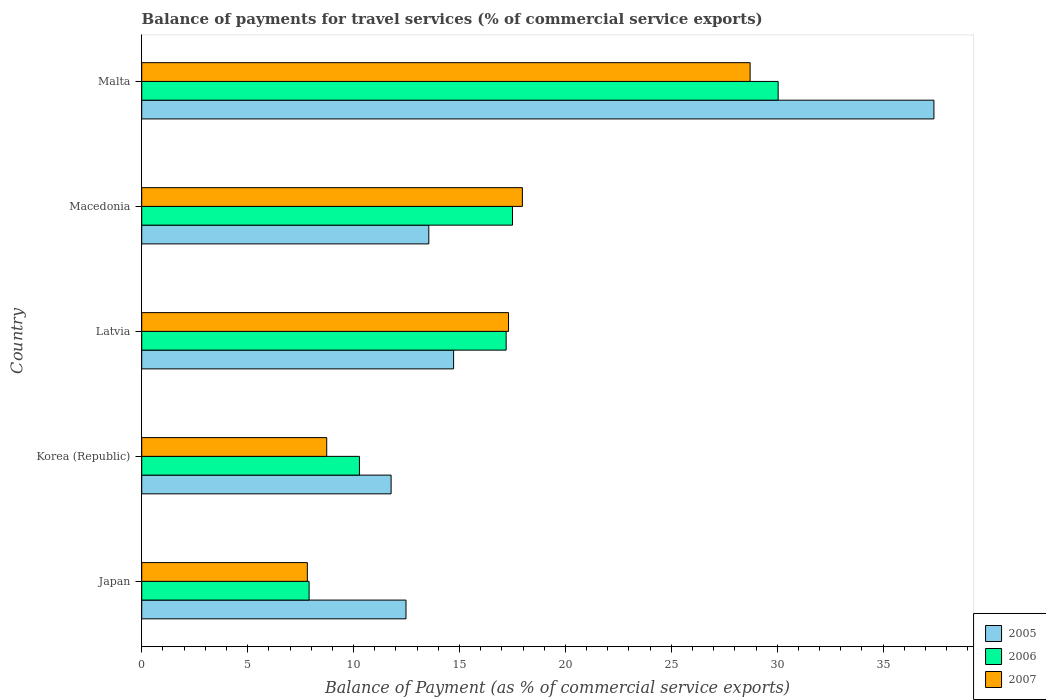
| Country | 2005 | 2006 | 2007 |
 | --- | --- | --- | --- |
 | Japan | 12.5 | 7.9 | 7.82 |
 | Korea (Republic) | 11.8 | 10.3 | 8.73 |
 | Latvia | 14.7 | 17.2 | 17.3 |
 | Macedonia | 13.6 | 17.5 | 18 |
 | Malta | 37.4 | 30 | 28.7 |